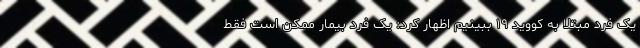
یک فرد مبتلا به کووید ۱۹ ببینیم اظهار کرد: یک فرد بیمار ممکن است فقط